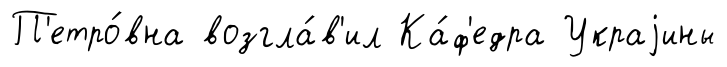
П'етро́вна возгла́в'ил Ка́ф'едра Украjины